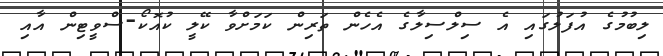
ލިބުމުގެ އުފަލުގައި އެ ސިލްސިލާގެ އެހެން ތަރިން ކަމަށްވާ ކޭލީ ކުއޮކޯ-ސްވީޓިން އާއި